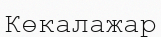
Көкалажар